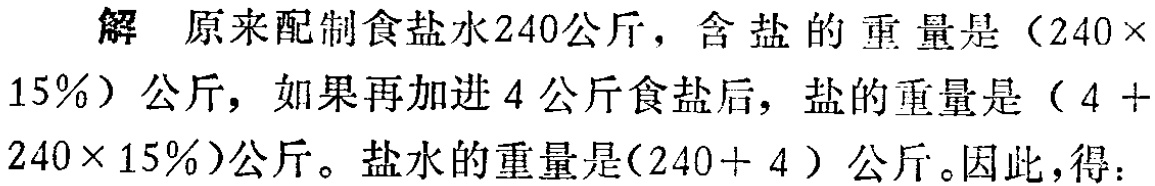
解 原来配制食盐水240公斤，含盐的重量是（$240\times 15\%$）公斤，如果再加进4公斤食盐后，盐的重量是（$4 + 240\times 15\%$）公斤。盐水的重量是（$240 + 4$）公斤。因此，得：